Statistical return of the lunatic asylum in Assam - 1912-1932
Year: 1912
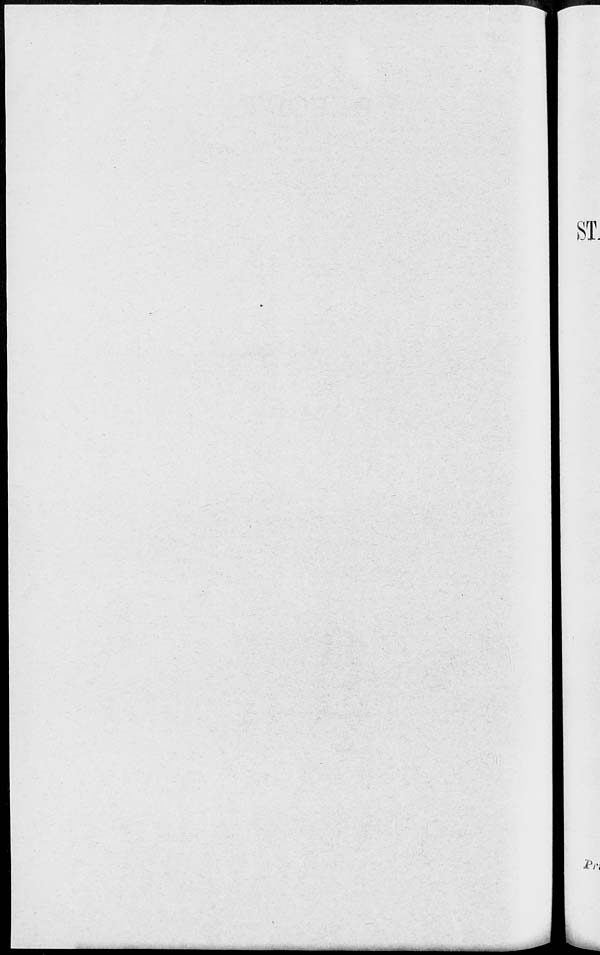
6'j
iVi